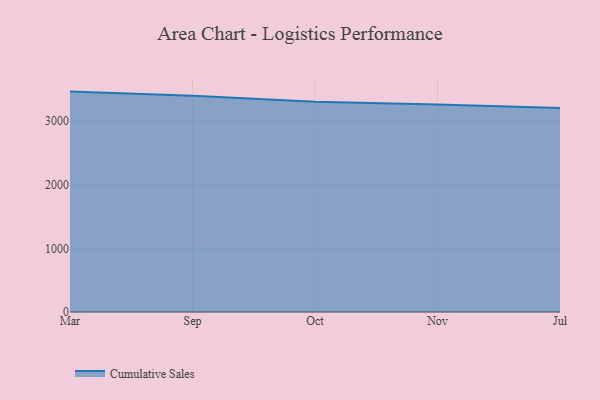
{"axis": {"x": "Month", "y": "Tickets Resolved"}, "legend": ["Cumulative Sales"], "data": [{"x": "Mar", "y": 3463.6, "type": "Cumulative Sales"}, {"x": "Sep", "y": 3399.0, "type": "Cumulative Sales"}, {"x": "Oct", "y": 3304.5, "type": "Cumulative Sales"}, {"x": "Nov", "y": 3260.5, "type": "Cumulative Sales"}, {"x": "Jul", "y": 3204.5, "type": "Cumulative Sales"}]}